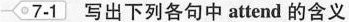
7-1写出下列各句中 attend 的含义